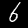
Digit: 6